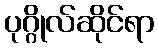
ပုဂ္ဂိုလ်ဆိုင်ရာ